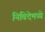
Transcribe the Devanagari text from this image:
निविदेमध्ये